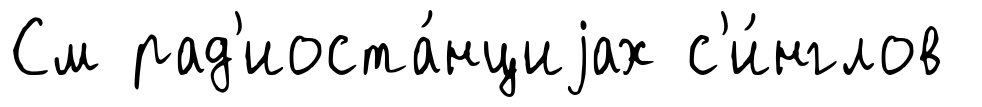
См рад'иоста́нциjах с'и́нглов